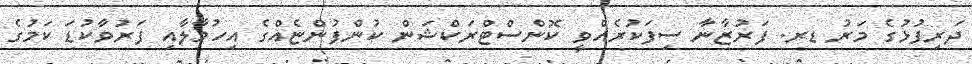
ދަރިފުޅުގެ މަރު ޑރ. ފަރުޒާނާ ސިފަކުރެއްވީ ކޮންސްޓްރަކްޝަން ކުންފުންޏެއްގެ އިހުމާލާއި ފަރުވާކުޑަ ކަމުގެ